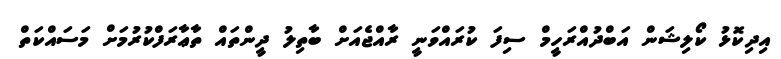
އިދިކޮޅު ކޯލިޝަން އަބްދުއްރަހީމް ސިފަ ކުރައްވަނީ ރާއްޖެއަށް ބާތިލު ދީންތައް ތާޢާރަފްކުރުމަށް މަސައްކަތް